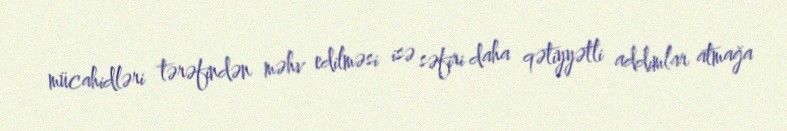
mücahidləri tərəfindən məhv edilməsi isə səfiri daha qətiyyətli addımlar atmağa